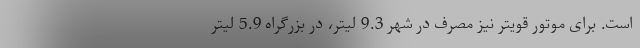
است. برای موتور قویتر نیز مصرف در شهر 9.3 لیتر، در بزرگراه 5.9 لیتر